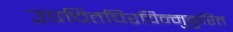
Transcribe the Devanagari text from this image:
उपचितचिरचिन्मुकुरित